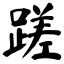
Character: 蹉